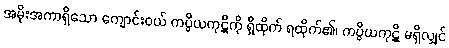
အမိုးအကာရှိသော ကျောင်းဝယ် ကပ္ပိယကုဋိကို ရှိထိုက် ရထိုက်၏၊ ကပ္ပိယကုဋိ မရှိလျှင်